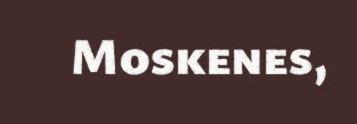
Moskenes,